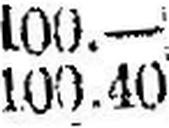
100.40